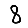
Digit: 8